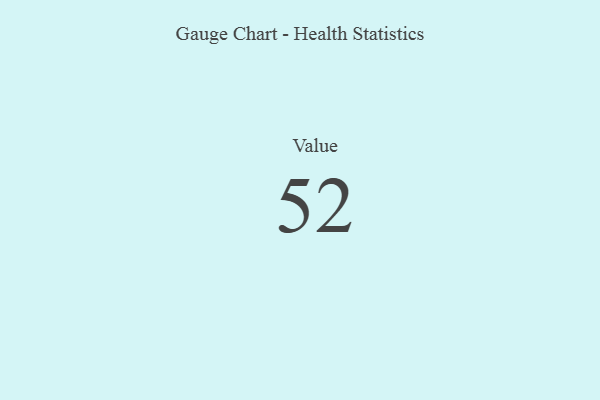
{"axis": {"x": "Metric", "y": "Value"}, "legend": [""], "data": [{"x": "Value", "y": 52, "type": ""}]}